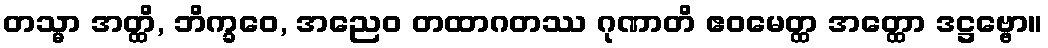
တသ္မာ အတ္ထိ, ဘိက္ခဝေ, အညေဝ တထာဂတဿ ဂုဏာတိ ဧဝမေတ္ထ အတ္ထော ဒဋ္ဌဗ္ဗော။